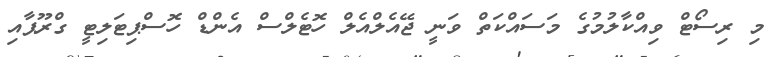
މި ރިސޯޓް ވިއްކާލުމުގެ މަސައްކަތް ވަނީ ޖޭއެލްއެލް ހޮޓެލްސް އެންޑް ހޮސްޕިޓަލިޓީ ގްރޫޕާއި